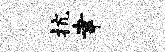
抗聿